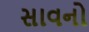
સાવનો